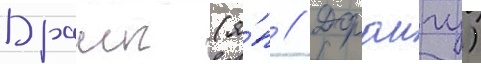
Драиг (я́п // Дораигу)